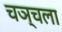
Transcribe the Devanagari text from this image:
चञ्चला